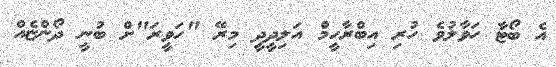
އެ ބޯޓާ ހަވާލުވެ ހުރި އިބްރާހީމް އަލިދީދީ މިރޭ "ހަވީރަ"ށް ބުނީ ދޯންޏެއް